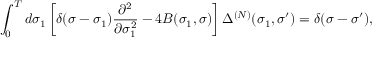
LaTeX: \int _ { 0 } ^ { T } d \sigma _ { 1 } \left[ \delta ( \sigma - \sigma _ { 1 } ) \frac { \partial ^ { 2 } } { \partial \sigma _ { 1 } ^ { 2 } } - 4 B ( \sigma _ { 1 } , \sigma ) \right] \Delta ^ { ( N ) } ( \sigma _ { 1 } , \sigma ^ { \prime } ) = \delta ( \sigma - \sigma ^ { \prime } ) ,